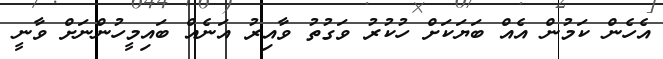
އެހެން ކަމުން އެއް ބަޔަކަށް ހުކުރު ވަގުތު ވާއިރު އަނެއް ބައިމީހުންނަށް ވާނީ